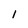
Character: l